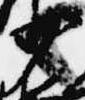
少